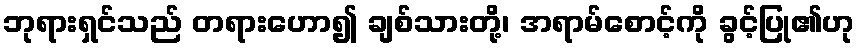
ဘုရားရှင်သည် တရားဟော၍ ချစ်သားတို့၊ အရာမ်စောင့်ကို ခွင့်ပြု၏ဟု